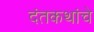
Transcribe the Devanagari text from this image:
दंतकथांचे